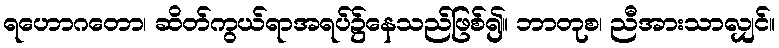
ရဟောဂတော၊ ဆိတ်ကွယ်ရာအရပ်၌နေသည်ဖြစ်၍။ ဘာတုစ၊ ညီအားသာလျှင်။